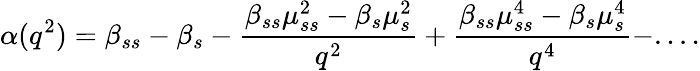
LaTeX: \alpha(q^{2})=\beta_{ss}-\beta_{s}-\frac{\beta_{ss}\mu_{ss}^{2}-\beta_{s}\mu_{s}^{2}}{q^{2}}+\frac{\beta_{ss}\mu_{ss}^{4}-\beta_{s}\mu_{s}^{4}}{q^{4}}-....